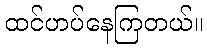
ထင်ဟပ်နေကြတယ်။